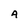
Character: A